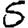
Digit: 5